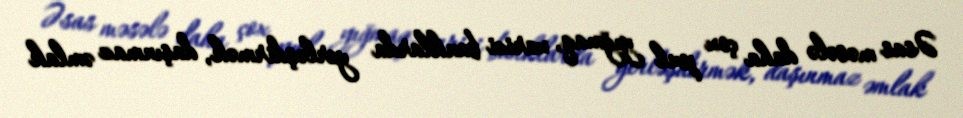
Əsas məsələ daha çox pul yığmaq, xarici banklarda yerləşdirmək, daşınmaz əmlak